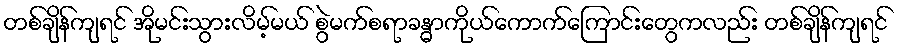
တစ်ချိန်ကျရင် အိုမင်းသွားလိမ့်မယ် စွဲမက်စရာခန္ဓာကိုယ်ကောက်ကြောင်းတွေကလည်း တစ်ချိန်ကျရင်